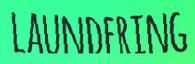
LAUNDERING